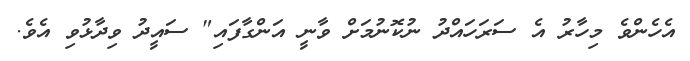
އެހެންވެ މިހާރު އެ ސަރަހައްދު ނުކޮނުމަށް ވާނީ އަންގާފައި" ސައީދު ވިދާޅުވި އެވެ.